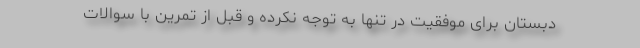
دبستان برای موفقیت در تنها به توجه نکرده و قبل از تمرین با سوالات